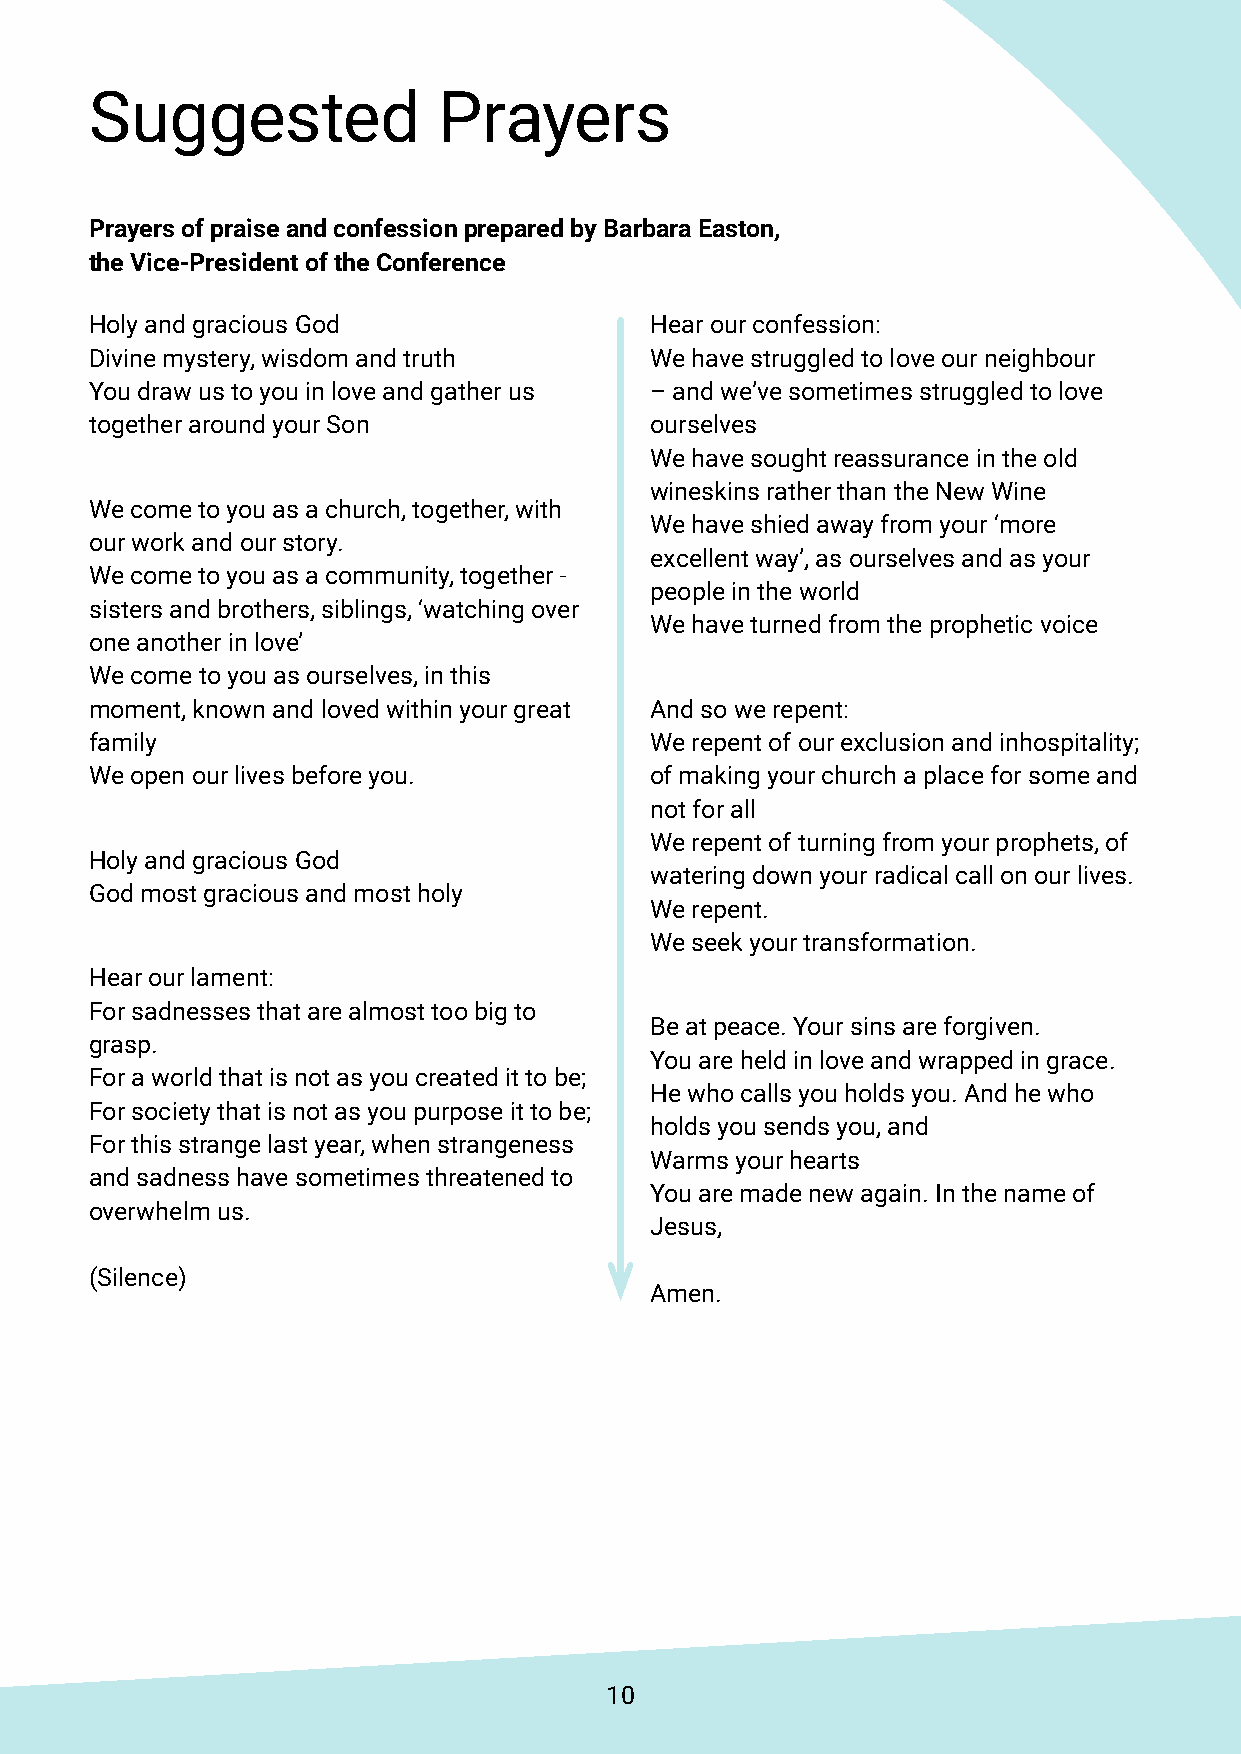
Suggested              Prayers
 Prayers of praise and confession prepared by Barbara Easton,
 the Vice-President of the Conference
 Holy and gracious God                Hear our confession:
 Divine mystery, wisdom and truth     We have struggled to love our neighbour
 You draw us to you in love and gather us – and we’ve sometimes struggled to love
 together around your Son             ourselves
 We have sought reassurance in the old
 wineskins rather than the New Wine
 We come to you as a church, together, with
 We have shied away from your ‘more
 our work and our story.
 excellent way’, as ourselves and as your
 We come to you as a community, together -
 people in the world
 sisters and brothers, siblings, ‘watching over
 We have turned from the prophetic voice
 one another in love’
 We come to you as ourselves, in this
 moment, known and loved within your great And so we repent:
 family                               We repent of our exclusion and inhospitality;
 We open our lives before you.        of making your church a place for some and
 not for all
 We repent of turning from your prophets, of
 Holy and gracious God
 watering down your radical call on our lives.
 God most gracious and most holy
 We repent.
 We seek your transformation.
 Hear our lament:
 For sadnesses that are almost too big to
 Be at peace. Your sins are forgiven.
 grasp.
 You are held in love and wrapped in grace.
 For a world that is not as you created it to be;
 He who calls you holds you. And he who
 For society that is not as you purpose it to be;
 holds you sends you, and
 For this strange last year, when strangeness
 Warms your hearts
 and sadness have sometimes threatened to
 You are made new again. In the name of
 overwhelm us.
 Jesus,
 (Silence)
 Amen.
 10